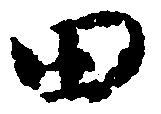
田